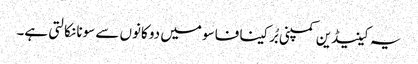
یہ کینیڈین کمپنی بُرکینا فاسو میں دو کانوں سے سونا نکالتی ہے۔